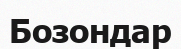
Бозондар